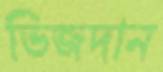
ভিজদান